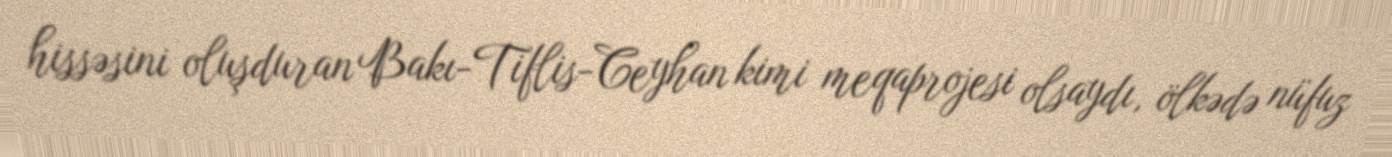
hissəsini oluşduran Bakı-Tiflis-Ceyhan kimi meqaprojesi olsaydı, ölkədə nüfuz